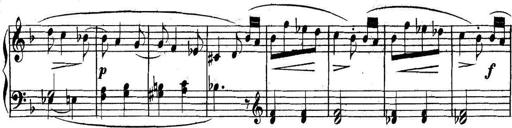
Title: Collected Piano Sonatas
Composer: Muzio Clementi